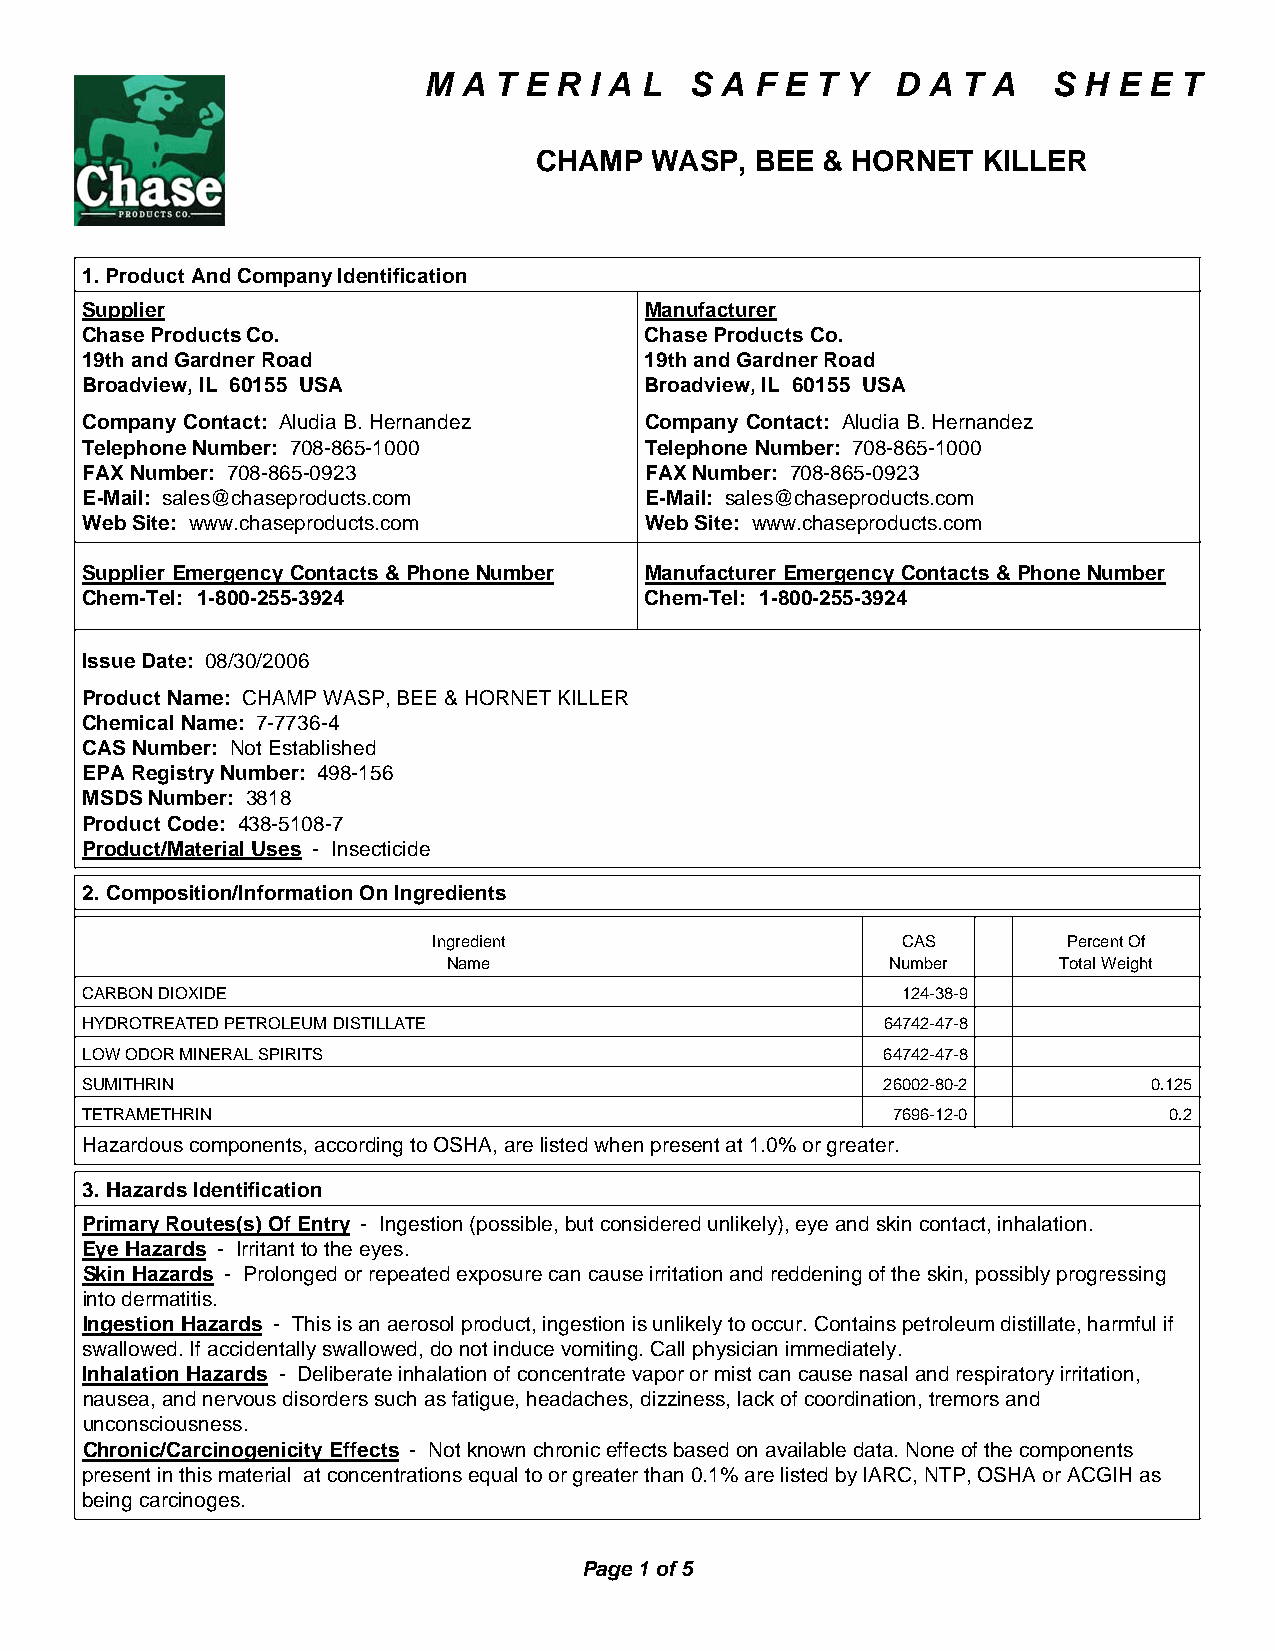
M  A T E R I A L  S A F E T Y  D A  T A   S H E E T
 CHAMP  WASP,  BEE & HORNET   KILLER
 1. Product And Company Identification
 Supplier                              Manufacturer
 Chase Products Co.                    Chase Products Co.
 19th and Gardner Road                 19th and Gardner Road
 Broadview, IL 60155 USA               Broadview, IL 60155 USA
 Company Contact: Aludia B. Hernandez  Company Contact: Aludia B. Hernandez
 Telephone Number: 708-865-1000        Telephone Number: 708-865-1000
 FAX Number: 708-865-0923              FAX Number: 708-865-0923
 E - M a il : sales@chaseproducts.com  E - M a il : sales@chaseproducts.com
 Web Site: www.chaseproducts.com       Web Site: www.chaseproducts.com
 Supplier Emergency Contacts & Phone Number Manufacturer Emergency Contacts & Phone Number
 Chem-Tel: 1-800-255-3924              Chem-Tel: 1-800-255-3924
 Issue Date: 08/30/2006
 Product Name: CHAMP WASP, BEE & HORNET KILLER
 Chemical Name: 7-7736-4
 CAS Number: Not Established
 EPA Registry Number: 498-156
 MSDS Number: 3818
 Product Code: 438-5108-7
 Product/Material Uses - Insecticide
 2. Composition/Information On Ingredients
 Ingredient                     CAS        Percent Of
 Name                         Number     Total Weight
 CARBON DIOXIDE                                         124-38-9
 HYDROTREATED PETROLEUM DISTILLATE                    64742-47-8
 LOW ODOR MINERAL SPIRITS                             64742-47-8
 SUMITHRIN                                            26002-80-2        0.125
 TETRAMETHRIN                                          7696-12-0         0.2
 Hazardous components, according to OSHA, are listed when present at 1.0% or greater.
 3. Hazards Identification
 Primary Routes(s) Of Entry - Ingestion (possible, but considered unlikely), eye and skin contact, inhalation.
 Eye Hazards - Irritant to the eyes.
 Skin Hazards - Prolonged or repeated exposure can cause irritation and reddening of the skin, possibly progressing
 into dermatitis.
 Ingestion Hazards - This is an aerosol product, ingestion is unlikely to occur. Contains petroleum distillate, harmful if
 swallowed. If accidentally swallowed, do not induce vomiting. Call physician immediately.
 Inhalation Hazards - Deliberate inhalation of concentrate vapor or mist can cause nasal and respiratory irritation,
 nausea, and nervous disorders such as fatigue, headaches, dizziness, lack of coordination, tremors and
 unconsciousness.
 Chronic/Carcinogenicity Effects - Not known chronic effects based on available data. None of the components
 present in this material at concentrations equal to or greater than 0.1% are listed by IARC, NTP, OSHA or ACGIH as
 being carcinoges.
 Page 1 of 5